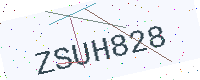
Text: ZSUH828